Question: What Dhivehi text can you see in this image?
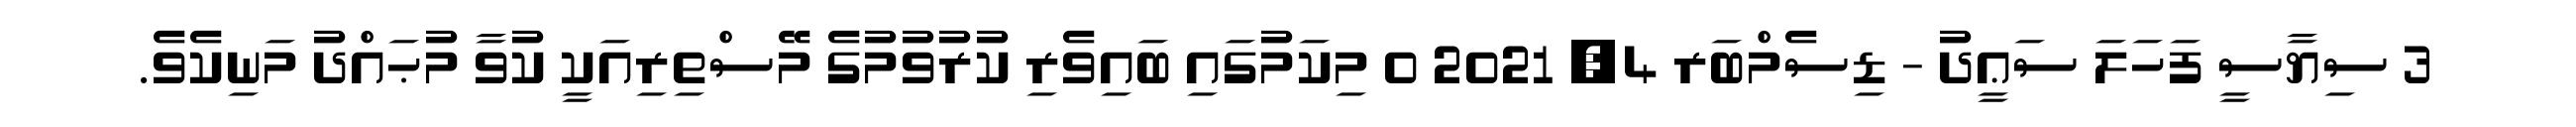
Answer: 3 ސިޔާސީ ފަހަލަ ސަޢީދު - ޑިސެމްބަރ 4, 2021 0 މިކަމުގައި ބައިވެރި ކުރުވުމުގެ މޭސްތިރިއަކީ ކުވާ މުޙައްދު މަނިކެވެ.